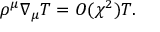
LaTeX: \rho ^ { \mu } \nabla _ { \mu } T = O ( \chi ^ { 2 } ) T .